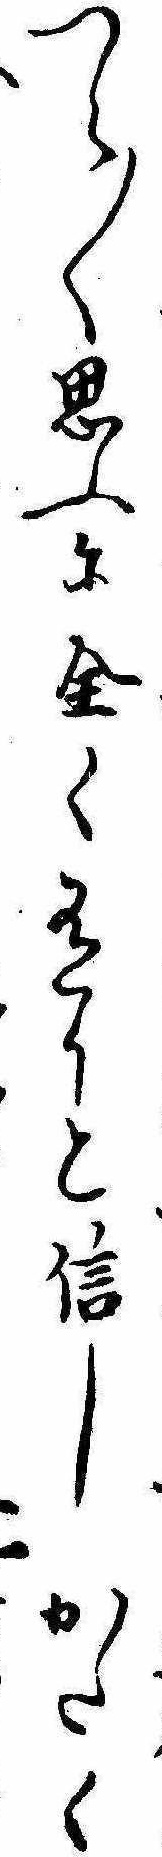
つら〱思ふに全く有りと信しかたく